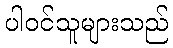
ပါဝင်သူများသည်